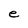
Character: e